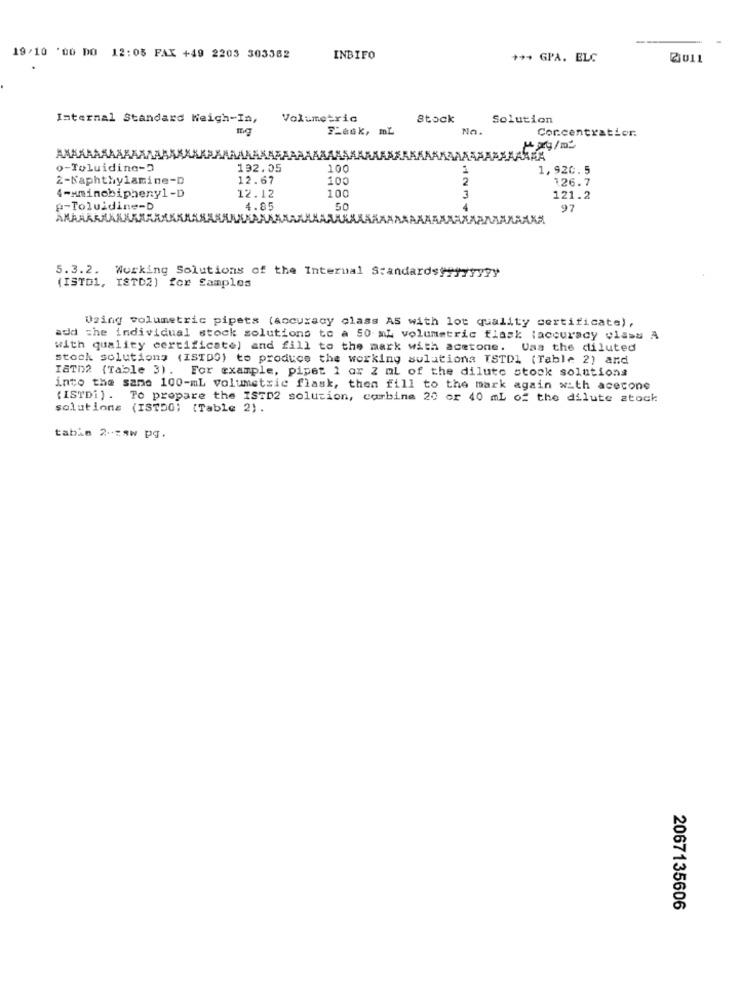
19/10 '00 DO 12:05 FAX +49 2203 303382
INBIFO
+++ GPA. ELC
2011
Internal Standard Weigh-In,
Volumetric
Stock
Solution
F_ask, mL
No.
Concentration.
AX
AAKARAR
AARRA
o-Toluidine-5
192.05
100
1,920.5
2-Kaphthylamine-D
12.67
100
126.7
12.12
4-aminobipheny1-D
100
3
121.2
p-Toluidine-D
4.85
97
5.3.2. Working Solutions of the Internal Standardsyyyyyyyy
(ISTD1, ISTD2] for Samples
Using volumetric pipets (accuracy class AS with lot quality certificate) ,
add the individual stock solutions to a 50 ml volumetric flask laccuracy vlasy A
with quality certificate) and fill to the mark with acetone. Vas the diluted
stock solutions (ISTDO) to produce the working sulutiona ISTDl (Table 2) and
ISTh2 (Table 3). For example, pipet 1 ax 2 ml of the dilute stock solutions
into the same 100-mL volumetric flask, then fill to the mark again with acetone
( ISTDi) . To prepare the ISTD2 solution, carbine 20 or 40 ml of the dilute stock
solutions (ISTDG; (Table 2).
tabin 2-78w pg.
2067135606